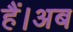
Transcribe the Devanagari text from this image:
हैं।अब